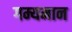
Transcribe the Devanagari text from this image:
गम्यमान